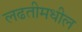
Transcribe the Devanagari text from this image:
लढतीमधील